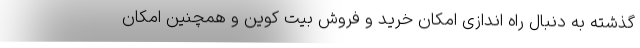
گذشته به دنبال راه اندازی امکان خرید و فروش بیت کوین و همچنین امکان